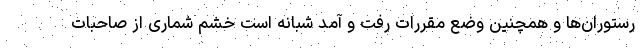
رستوران‌ها و همچنین وضع مقررات رفت و آمد شبانه است خشم شماری از صاحبات